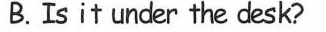
B. Is it under the desk?